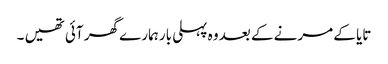
تایا کے مرنے کے بعد وہ پہلی بار ہمارے گھر آئی تھیں ۔